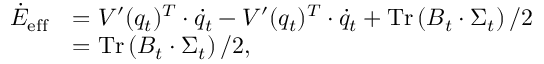
\begin{array} { r l } { \dot { E } _ { \mathrm { e f f } } } & { = V ^ { \prime } ( q _ { t } ) ^ { T } \cdot \dot { q } _ { t } - V ^ { \prime } ( q _ { t } ) ^ { T } \cdot \dot { q } _ { t } + \operatorname { T r } \left( B _ { t } \cdot \Sigma _ { t } \right) / 2 } \\ & { = \operatorname { T r } \left( B _ { t } \cdot \Sigma _ { t } \right) / 2 , } \end{array}